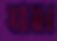
যওয়ার